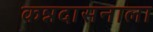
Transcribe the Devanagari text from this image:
कन्नदासनाला